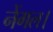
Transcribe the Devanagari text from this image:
नेंगल।